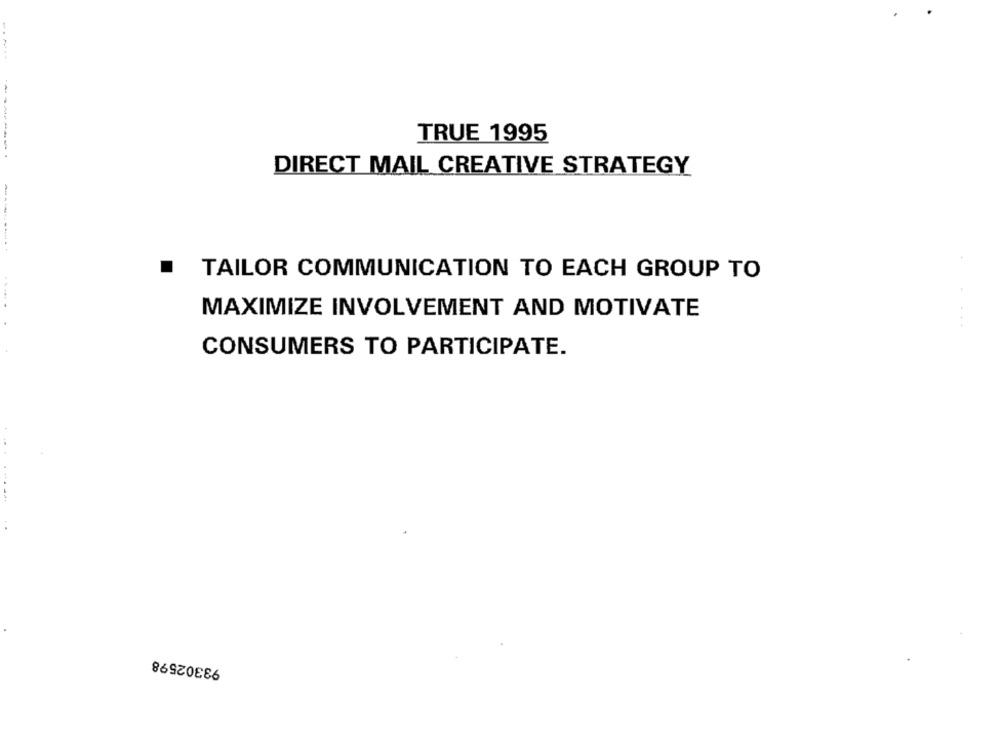
-----
TRUE 1995
--------
DIRECT MAIL CREATIVE STRATEGY
-------...
.
TAILOR COMMUNICATION TO EACH GROUP TO
MAXIMIZE INVOLVEMENT AND MOTIVATE
CONSUMERS TO PARTICIPATE.
93302598